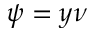
\psi = y \nu